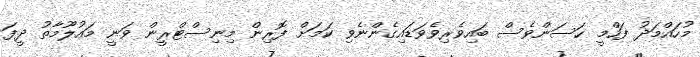
މުހައްމަދު ފަހްމީ ހަސަންވެސް ބައިވެރިވެވަޑައިގެންނެވި ކަމަށް ފޮރިން މިނިސްޓްރީން ވަނީ މައުލޫމާތު ދީފަ